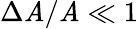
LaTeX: \Delta\mathit{A}/\mathit{A}\ll1